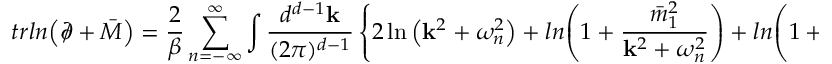
t r l n { \left( \partial \! \! \! \slash + \bar { M } \right) } = \frac { 2 } { \beta } \sum _ { n = - \infty } ^ { \infty } \int \frac { d ^ { d - 1 } { \bf k } } { ( 2 \pi ) ^ { d - 1 } } \left\{ 2 \ln { \left( { \bf k } ^ { 2 } + \omega _ { n } ^ { 2 } \right) } + l n { \left( 1 + \frac { \bar { m } _ { 1 } ^ { 2 } } { { \bf k } ^ { 2 } + \omega _ { n } ^ { 2 } } \right) } + l n { \left( 1 + \frac { \bar { m } _ { 2 } ^ { 2 } } { { \bf k } ^ { 2 } + \omega _ { n } ^ { 2 } } \right) } \right\} .